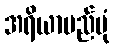
အရိယာမည်ပုံ